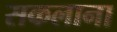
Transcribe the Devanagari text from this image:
सकलाना